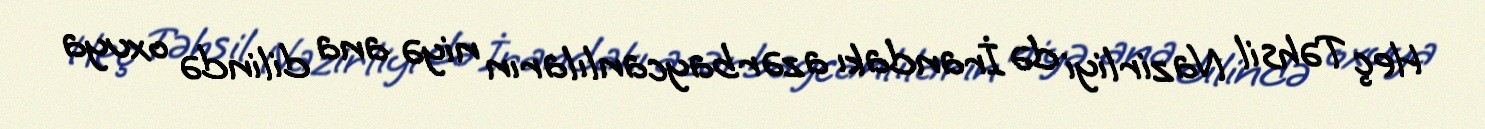
Heç Təhsil Nazirliyi də İrandakı azərbaycanlıların niyə ana dilində oxuya